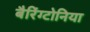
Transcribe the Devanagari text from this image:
बैरिंग्टोनिया